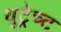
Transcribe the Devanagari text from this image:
यूट्रेच्ट